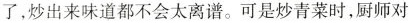
了，炒出来味道都不会太离谱。可是炒青菜时，厨师对